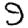
Digit: 9